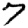
Digit: 7